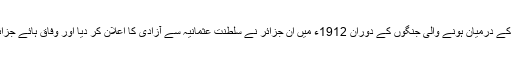
لیبیا پر اٹلی اور ترکی کے درمیان ہونے والی جنگوں کے دوران 1912ء میں ان جزائر نے سلطنت عثمانیہ سے آزادی کا اعلان کر دیا اور وفاق ہائے جزائد ڈوڈکینیز تشکیل دی۔